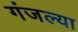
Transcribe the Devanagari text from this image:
गंजल्या